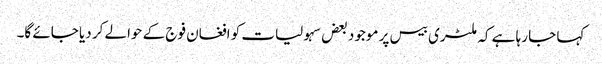
کہا جا رہا ہے کہ ملٹری بیس پر موجود بعض سہولیات کو افغان فوج کے حوالے کر دیا جائے گا۔